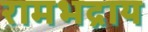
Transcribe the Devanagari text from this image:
रामभद्राय